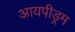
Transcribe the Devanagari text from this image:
आयपीड्रम